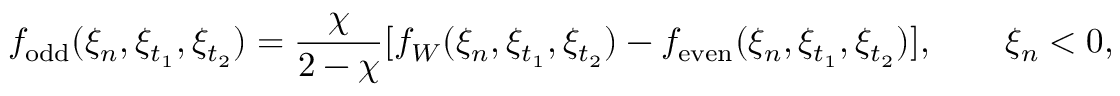
f _ { \mathrm { o d d } } ( \xi _ { n } , \xi _ { t _ { 1 } } , \xi _ { t _ { 2 } } ) = \frac { \chi } { 2 - \chi } [ f _ { W } ( \xi _ { n } , \xi _ { t _ { 1 } } , \xi _ { t _ { 2 } } ) - f _ { \mathrm { e v e n } } ( \xi _ { n } , \xi _ { t _ { 1 } } , \xi _ { t _ { 2 } } ) ] , \qquad \xi _ { n } < 0 ,